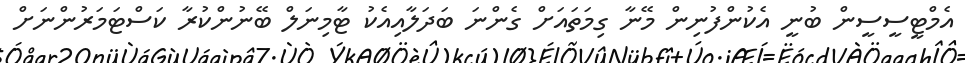
އެމްޓީސީސީން ބުނީ އެކުންފުނިން މޭނާ ގިމަަތައަށް ގެންނަ ބަދަލާއިއެކު ޓާމިނަލް ބޭނުންކުރާ ކަސްޓަމަރުންނަށް